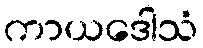
ကာယဒေါသံ